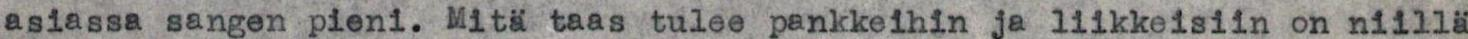
asiassa sangen pieni. Mitä taas tulee pankkeihin ja liikkeisiin on niillä